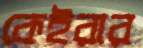
কেইরার